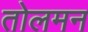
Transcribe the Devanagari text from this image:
तोलमन